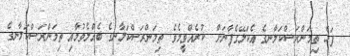
ފަހެ ތިމަންރަސްކަލާނގެ އެކަލޭގެފާނަށް  ކުރެއްވީމެވެ. ތިމަންރަސްކަލާނގެ ބެއްލެވުމާއި ތިމަންރަސްކަލާނގެ